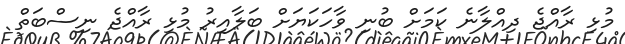
މުޅި ރާއްޖެ ދިއްލާނެ ކަމަށް ބުނި ވާހަކަޔަށް ބަލާއިރު މުޅި ރާއްޖެ ނިސްބަތް